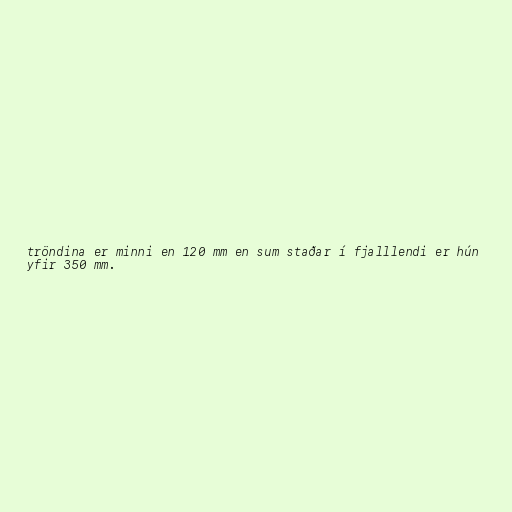
tröndina er minni en 120 mm en sum staðar í fjalllendi er hún
yfir 350 mm.